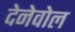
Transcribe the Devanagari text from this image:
देनेवोल